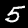
Label: 5